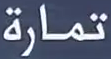
تمارَة